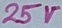
Text: 25V